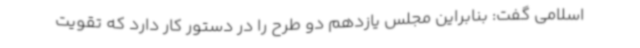
اسلامی گفت: بنابراین مجلس یازدهم دو طرح را در دستور کار دارد که تقویت